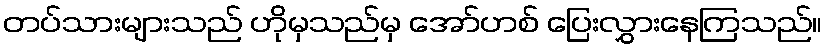
တပ်သားများသည် ဟိုမှသည်မှ အော်ဟစ် ပြေးလွှားနေကြသည်။